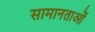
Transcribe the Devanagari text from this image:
सामानताओं